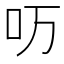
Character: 𱒀